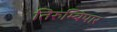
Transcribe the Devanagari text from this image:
तिरुम्बिपार